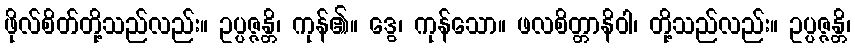
ဖိုလ်စိတ်တို့သည်လည်း။ ဥပ္ပဇ္ဇန္တိ၊ ကုန်၏။ ဒွေ၊ ကုန်သော။ ဖလစိတ္တာနိဝါ၊ တို့သည်လည်း။ ဥပ္ပဇ္ဇန္တိ၊